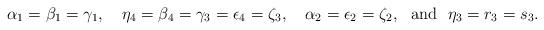
LaTeX: \begin{align*}\alpha_1 = \beta_1 = \gamma_1,~~~\eta_4 = \beta_4 = \gamma_3 = \epsilon_4 = \zeta_3,~~~\alpha_2 = \epsilon_2 = \zeta_2,~~{\rm and}~~\eta_3 = r_3 = s_3. \end{align*}